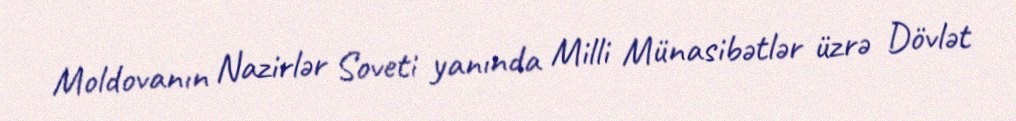
Moldovanın Nazirlər Soveti yanında Milli Münasibətlər üzrə Dövlət